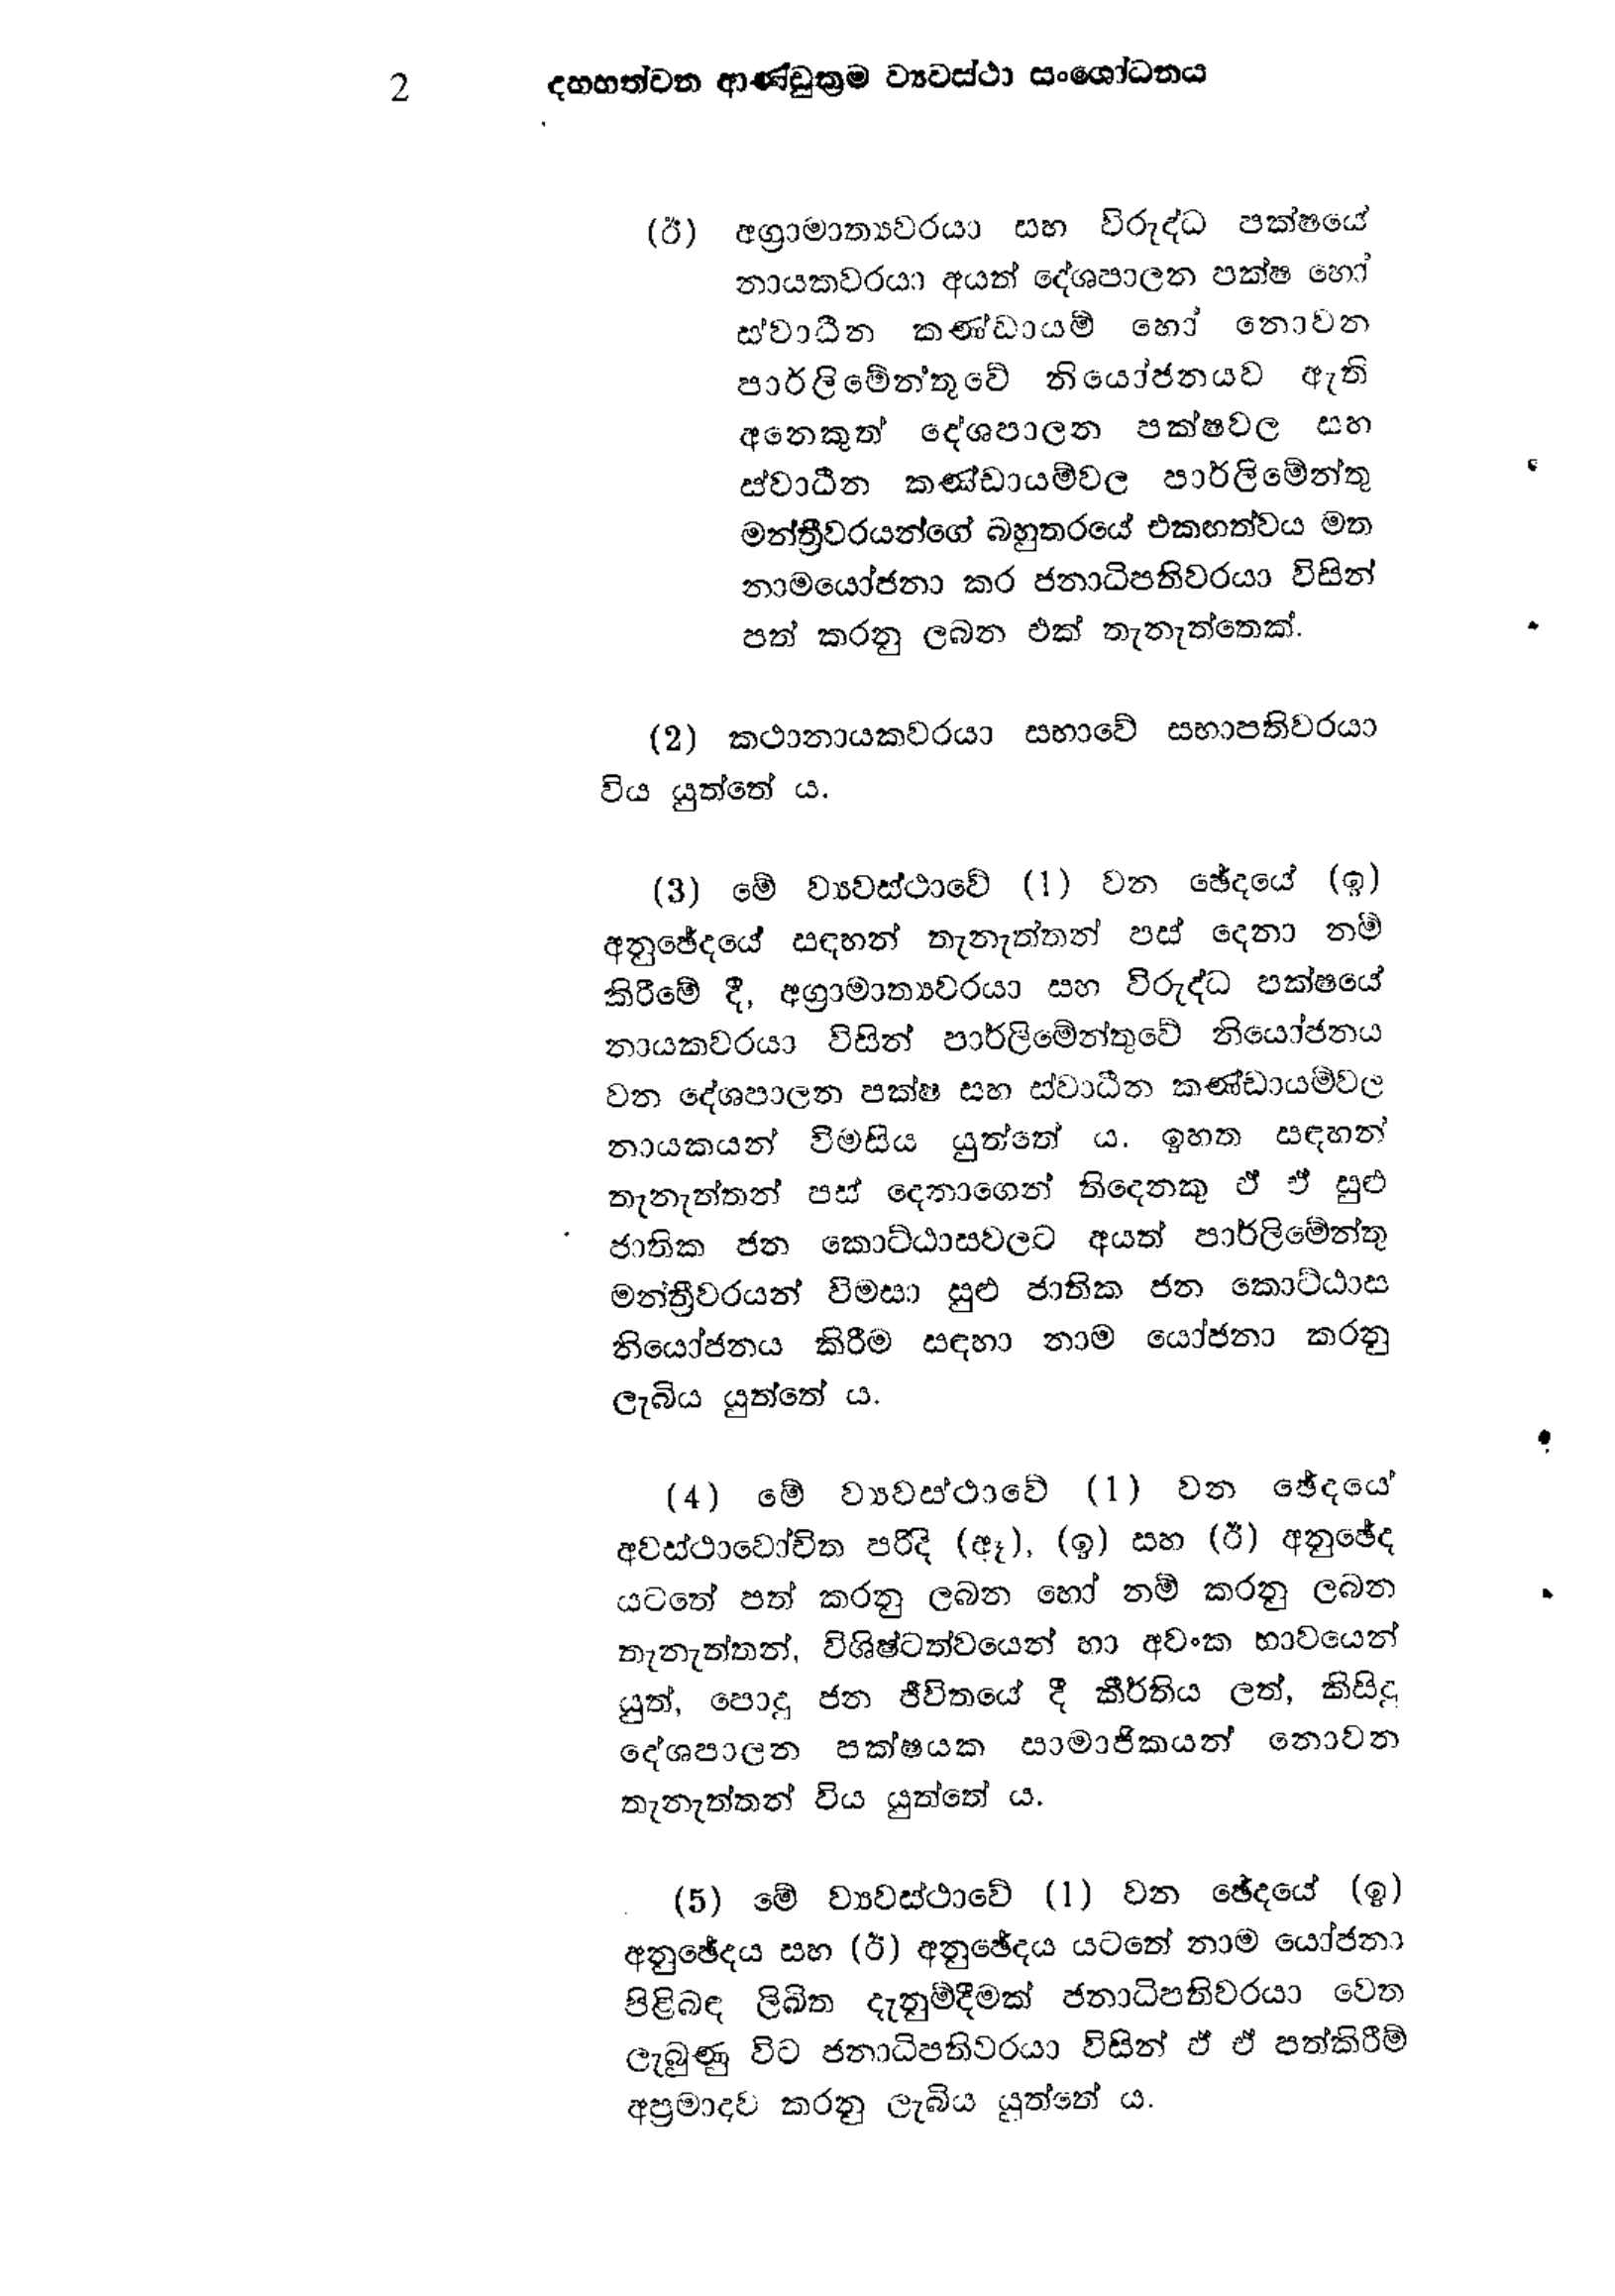
2 දහහත්වන ආණ්ඩුක්‍රම ව්‍යවස්ථා සංශෝධනය

(ඊ) අග්‍රාමාත්‍යවරයා සහ විරුද්ධ පක්ෂයේ
නායකවරයා අයත් දේශපාලන පක්ෂ හෝ
ස්වාධීන කණ්ඩායම් හෝ නොවන
පාර්ලිමේන්තුවේ නියෝජනයට ඇති
අනෙකුත් දේශපාලන පක්ෂවල සහ
ස්වාධීන කණ්ඩායම්වල පාර්ලිමේන්තු
මන්ත්‍රීවරයන්ගේ බහුතරයේ එකඟත්වය මත
නාමයෝජනා කර ජනාධිපතිවරයා විසින්
පත් කරනු ලබන එක් තැනැත්තෙක්.

(2) කථානායකවරයා සභාවේ සභාපතිවරයා
විය යුත්තේ ය.

(3) මේ ව්‍යවස්ථාවේ (!) වන ඡේදයේ (ඉ)
අනුඡේදයේ සඳහන් තැනැත්තන් පස් දෙනා නම්
කිරීමේ දී, අග්‍රාමාත්‍යවරයා සහ විරුද්ධ පක්ෂයේ
නායකවරයා විසින් පාර්ලිමේන්තුවේ නියෝජනය
වන දේශපාලන පක්ෂ සහ ස්වාධීන කණ්ඩායම්වල
නායකයන් විමසිය යුත්තේ ය. ඉහත සඳහන්
තැනැත්තන් පස් දෙනාගෙන් තිදෙනෙකු ඵ් ඒ සුළු
ජාතික ජන කොට්ඨාසවලට අයත් පාර්ලිමේන්තු
මන්ත්‍රීවරයන් විමසා සුළු ජාතික ජන කොට්ඨාස
නියෝජනය කිරීම සඳහා නාම යෝජනා කරනු
ලැබිය යුත්තේ ය.

(4) මේ ව්‍යවස්ථාවේ (1) වන ඡේදයේ
අවස්ථාවෝචිත පරිදි (ඈ), (ඉ) සහ (ඊ) අනුඡේද
යටතේ පත් කරනු ලබන හෝ නම් කරනු ලබන
තැනැත්තන්, විශිෂ්ටත්වයෙන් හා අවංක භාවයෙන්
යුත්, පොදු ජන ජීවිතයේ දී කීර්තිය ලත්, කිසිදු
දේශපාලන පක්ෂයක සාමාජිකයන් නොවන
තැනැත්තන් විය යුත්තේ ය.

( 5 ) මේ ව්‍යවස්ථාවේ (1) වන ඡේදයේ (ඉ)
අනුඡේදය සහ (ඊ) අනුඡේදය යටතේ නාම යෝජනා
පිළිබඳ ලිඛිත දැනුම්දීමක් ජනාධිපතිවරයා වෙත
ලැබුණු විට ජනාධිපතිවරයා විසින් ඵ් ඒ පත්කිරීම්
අප්‍රමාදව කරනු ලැබිය යුත්තේ ය.